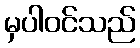
မှပါဝင်သည်